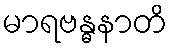
မာရဗန္ဓနာတိ